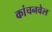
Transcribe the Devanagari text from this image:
कांचनवेल